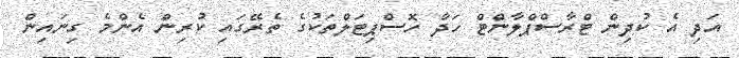
އަދި އެ ކުދިން ޓްރާސްޕްލާންޓް ހަދާ ހޮސްޕިޓަލްތަކުގެ ތެރޭގައި ކުރިން އެންމެ ގިނައިން